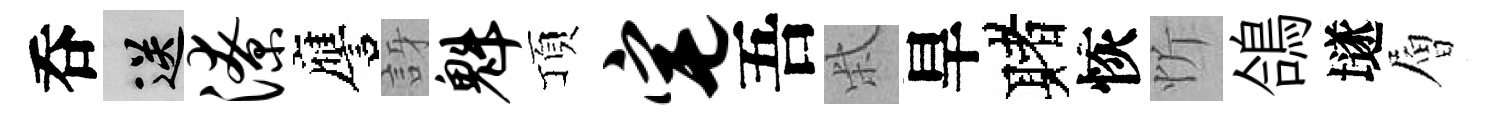
呑送潦譍訝魁頂宅吾柴旱赌恢忻鴿𡑞層